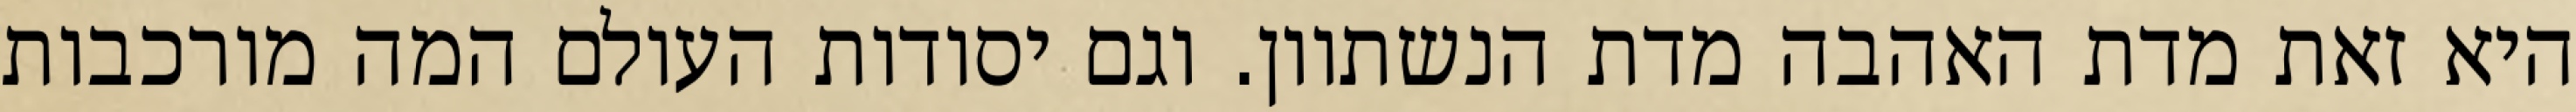
היא זאת מדת האהבה מדת הנשתוון. וגם יסודות העולם המה מורכבות